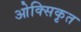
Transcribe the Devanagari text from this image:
ओक्सिकृत